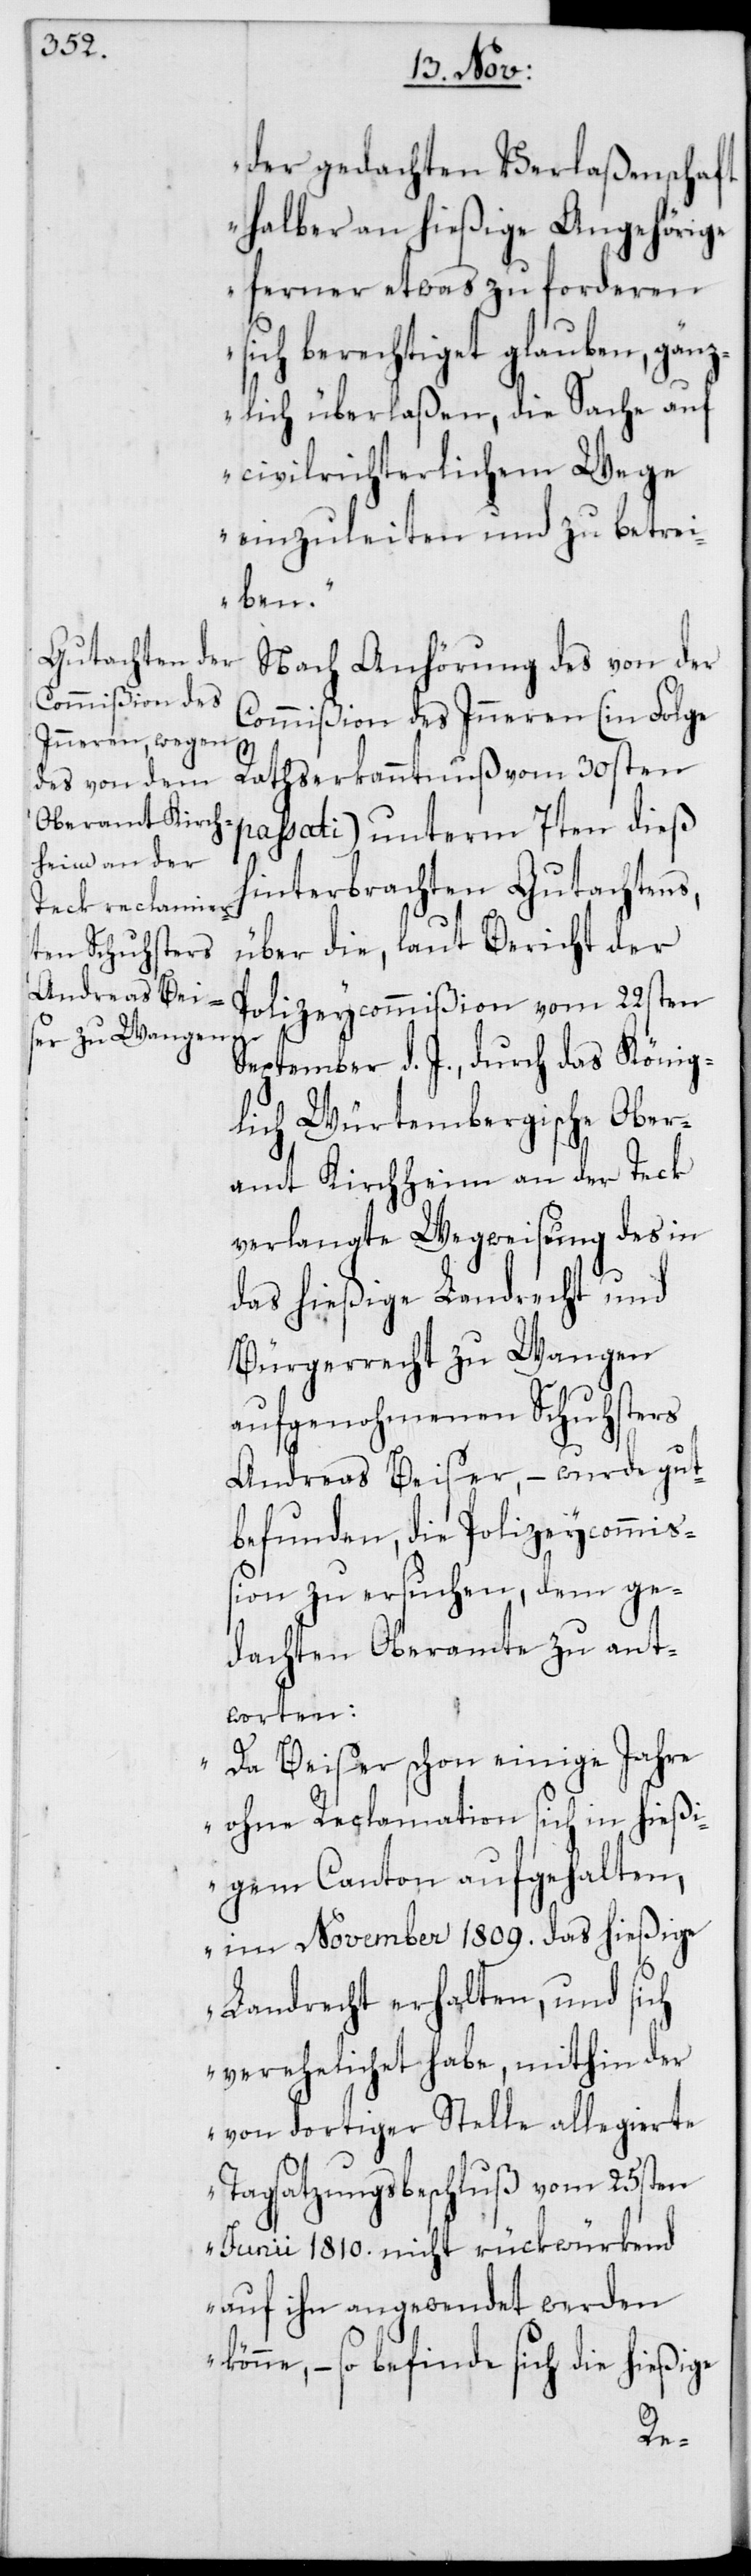
der gedachten Verlaßenschaft
halber an hießige Angehörige
ferner etwas zu forderen
sich berechtiget glauben, gänz¬
lich überlaßen, die Sache auf
civilrichterlichem Wege
einzuleiten und zu betrei¬
ben“.
Nach Anhörung des von der
Commißion des Inneren (in Folge
Rathserkanntnuß vom 30sten
passati) unterm 7ten dieß
hinterbrachten Gutachtens,
über die, laut Bericht der
Polizeycommißion vom 22sten
September d. J., durch das König¬
lich Würtembergische Ober¬
amt Kirchheim an der Teck
verlangte Wegweisung des in
das hießige Landrecht und
Bürgerrecht zu Wangen
aufgenohmenen Schuhsters
Andreas Beiser, – wurde gut¬
befunden, die Polizeycommiß¬
ion zu ersuchen, dem ge¬
dachten Oberamte zu ant¬
worten:
„Da Beiser schon einige Jahre
ohne Reclamation sich in hießi¬
gem Canton aufgehalten,
im November 1809. das hießige
Landrecht erhalten, und sich
verehelichet habe, mithin der
von dortiger Stelle allegierte
Tagsatzungsbeschluß vom 25sten
Junii 1810. nicht rückwürkend
auf ihn angewendet werden
könne, – so befinde sich die hießige